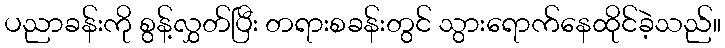
ပညာခန်းကို စွန့်လွှတ်ပြီး တရားစခန်းတွင် သွားရောက်နေထိုင်ခဲ့သည်။